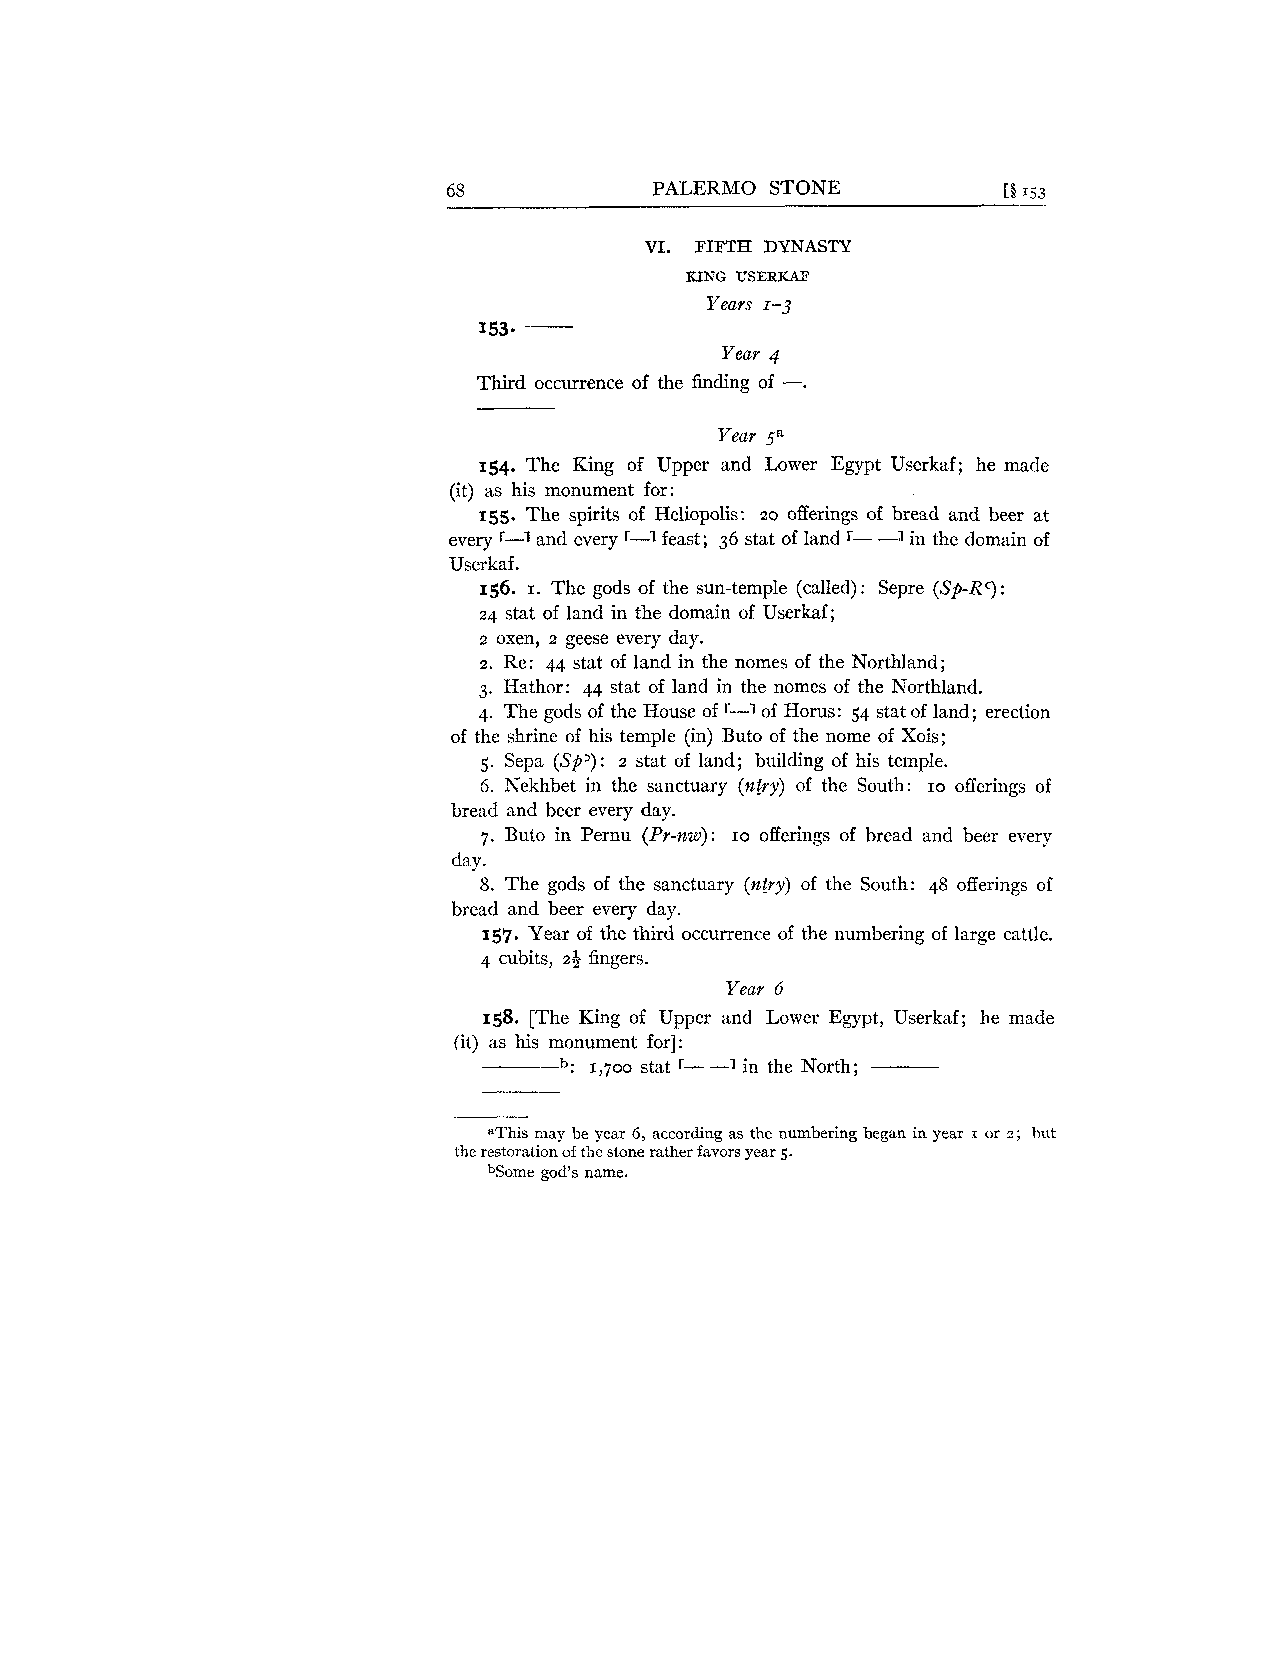
68           PALERMO STONE          [§ 153
 VI. FIFTH DYNASTY
 KING USERKAF
 Years 1-3
 -
 153.
 Year 4
 -.
 Third occurrence of the finding of
 Year ga
 154. The King of Upper and Lower Egypt Userkaf; he made
 (it) as his monument for:
 155. The spirits of Heliopolis: 20 offerings of bread and beer at
 every r-1 and every '-1 feast; 36 stat of land r- -1 in the domain of
 Userkaf.
 156. I. The gods of the sun-temple (called) : Sepre (Sp-Rc) :
 24 stat of land in the domain of Userkaf;
 2 oxen, 2 geese every day.
 2. Re: 44 stat of land in the nomes of the Northland;
 3. Hathor: 44 stat of land in the nomes of the Northland.
 4. The gods of the House of r-1 of Horus: 54 stat of land; erection
 of the shrine of his temple (in) Buto of the nome of Xois;
 5. Sepa (Sf'): 2 stat of land; building of his temple.
 6. Nekhbet in the sanctuary (niry) of the South: 10 offerings of
 bread and beer every day.
 7. Buto in Pernu (Pr-%w): 10 offerings of bread and beer every
 day.
 8. The gods of the sanctuary (ntry) of the South: 48 offerings of
 bread and beer every day.
 157. Year of the third occurrence of the numbering of large cattle.
 4 cubits, 23 fingers.
 Year 6
 158. [The King of Upper and Lower Egypt, Userkaf; he made
 (it) as his monument for]:
 -   b .. 1,7 00 stat r- -1 in the North; ---
 aThis may be year 6, according as the numbering began in year r or 2; hut
 the restoration of the stone rather favors year 5.
 bSome god's name.